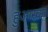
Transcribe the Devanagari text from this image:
हुआस्का